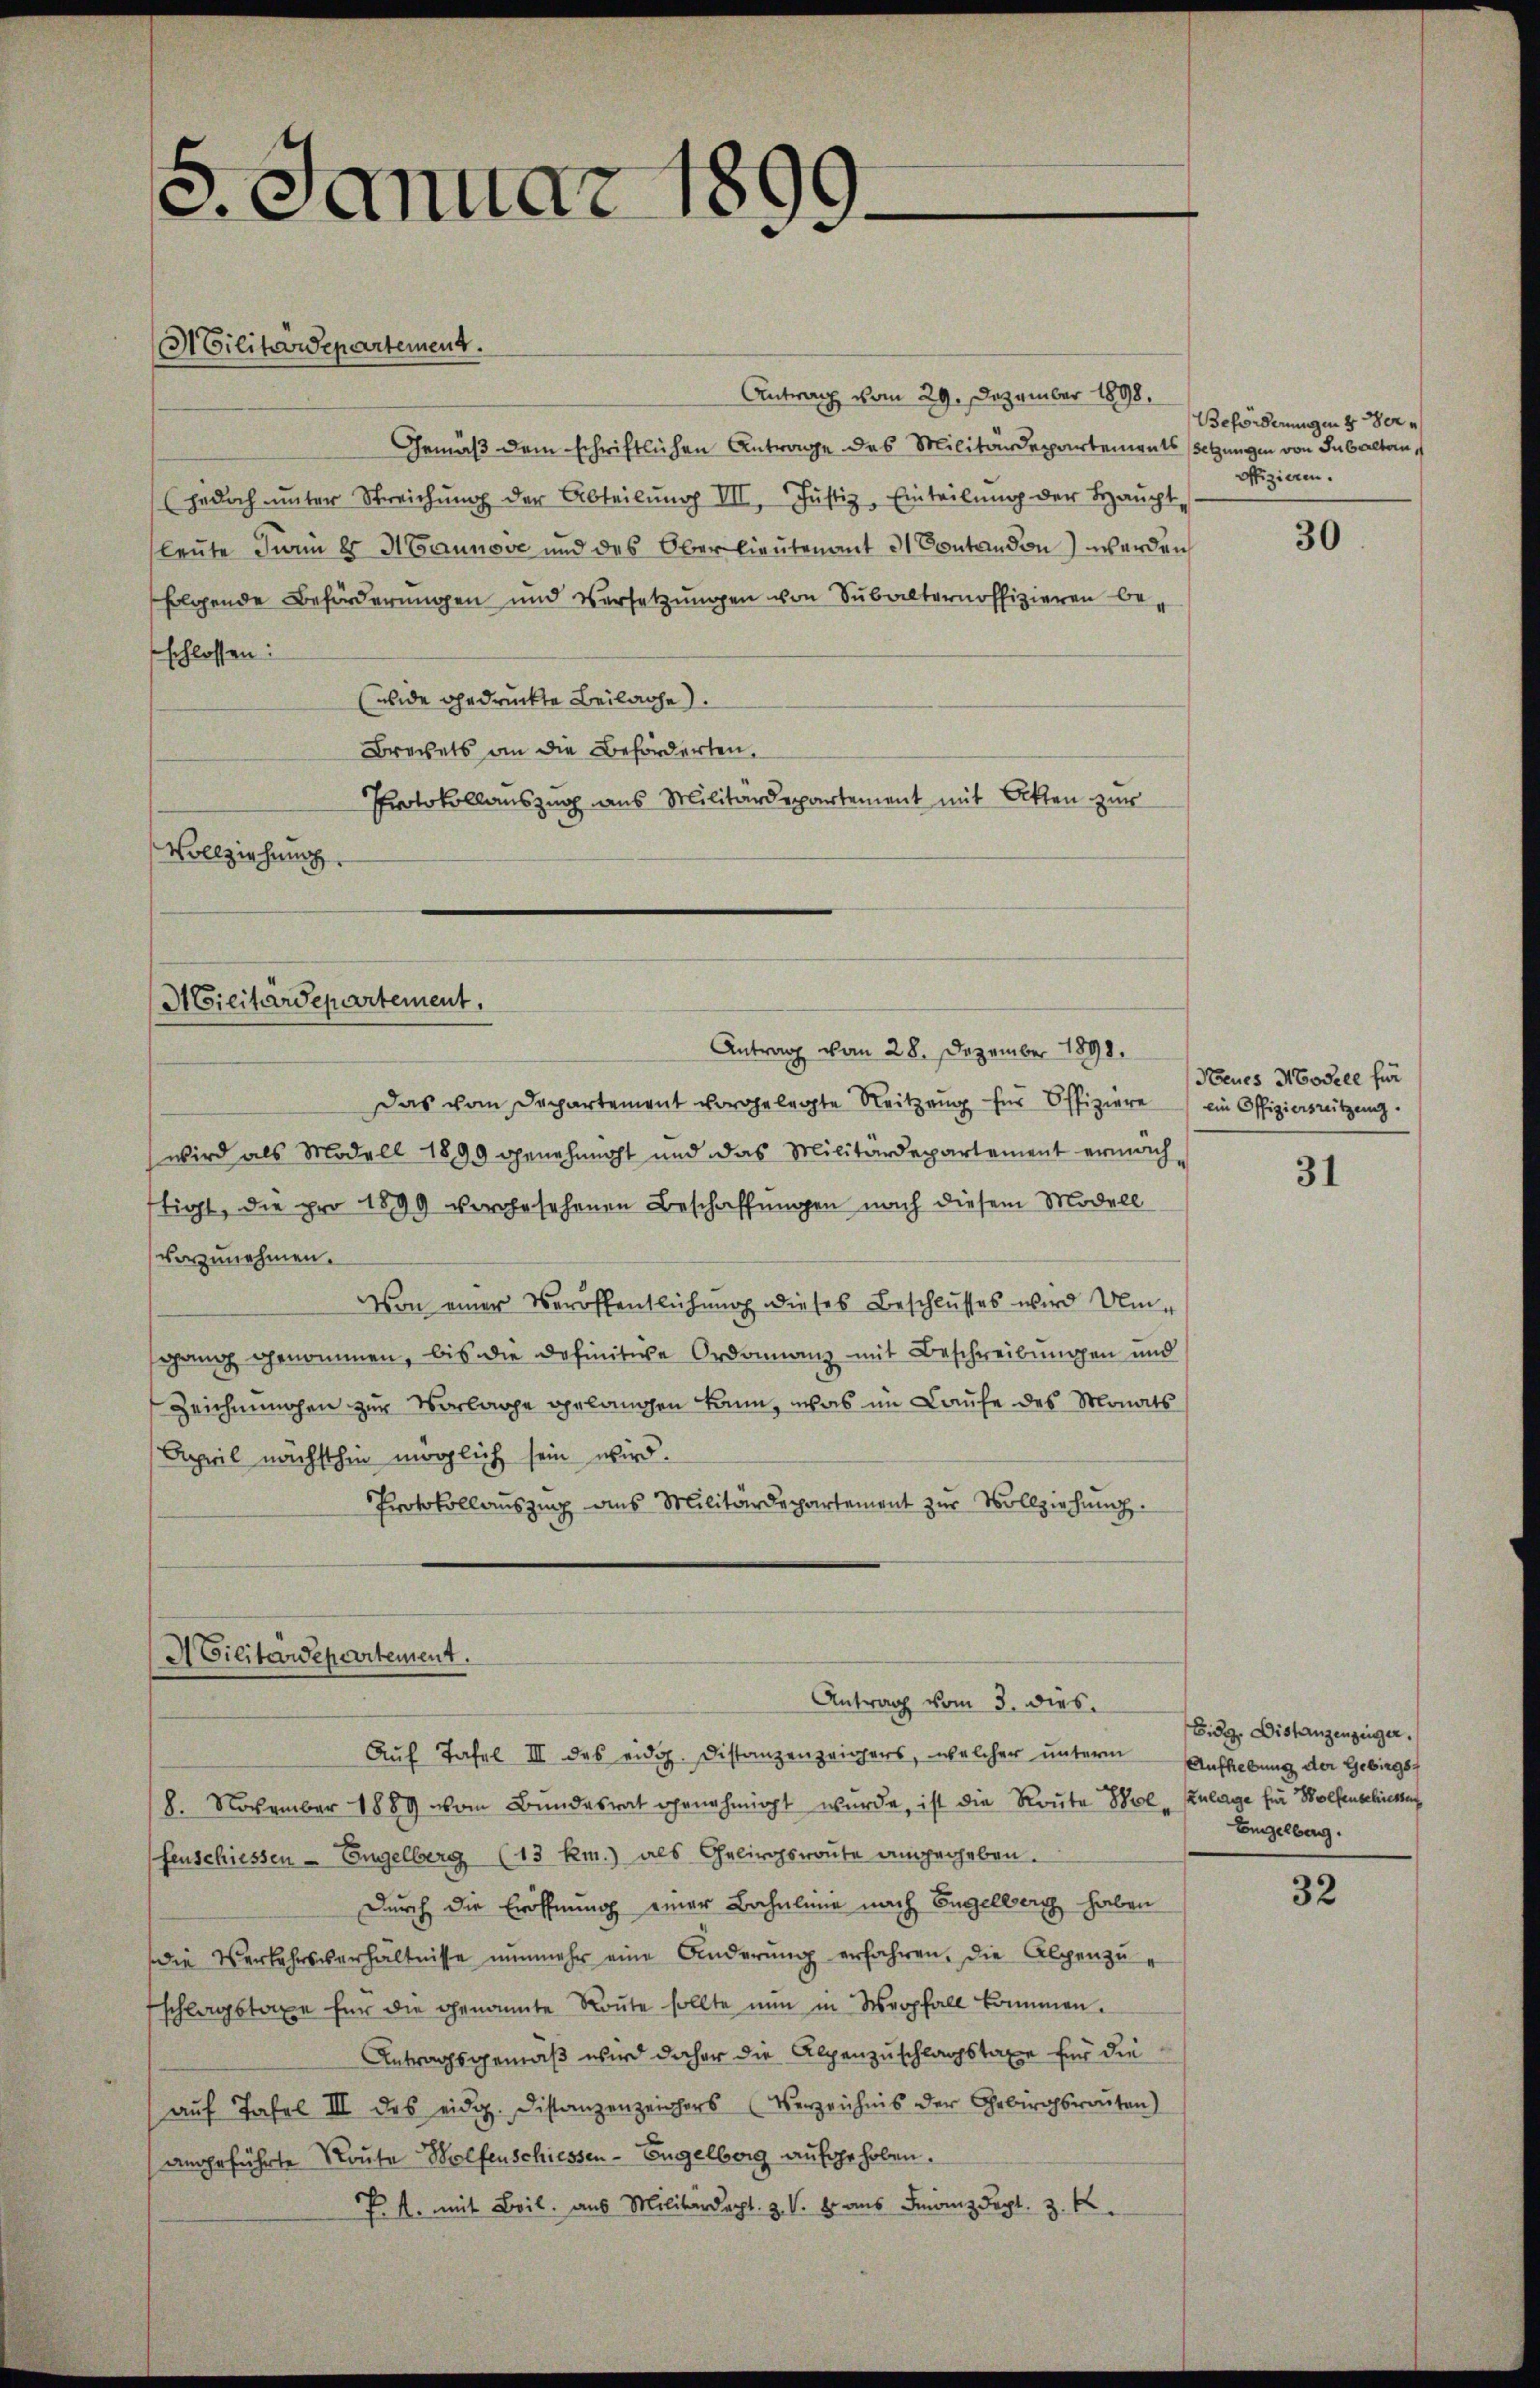
5. Januar 1899.

Militärdepartement.

Antrag vom 29. Dezember 1898.
Gemäß dem schriftlichen Antrage des Militärdepartements setzungen von Subalten,
(jedoch unter Streichŭng der Abteilŭng III, Justiz, Einteilŭng der Baŭcht-
leute Turin 8 Mannove und des Oberlieutenant 31 Contandon werden
folgende Beförderungen und Versetzungen von Subalternoffizieren beschlossen:
Eide gedruckte Beilage).
Brechets an die Beförderten.
Protokollauszug aus Militärdepartement mit Akten zur
Vollziehung.

ACicitärdepartement,

Antrag vom 28. Dezember 1890.
Das vom Departement vorgelegte Reitzung für Offiziere ein Offizierstützung.
wird als Modell 1899 genehmigt und das Militärdepartement ermächftigt, die pro 1899 vorgesehenen Beschaffungen nach diesem Modell
vorzunehmen.
Von einer Veröffentlichung dieses Beschlusses wird Umsgang genommen, bis die definitive Ordonnanz mit Beschreibungen und
Zeichnungen zur Vorlage gelangen kann, was im Laufe des Monats
April nächsthin möglich sein wird.
Protokollauszug aus Militärdepartement zur Vollziehung.

ACilitärdepartement.
Antrag vom 3. dies

Aŭf Tafel III des eidg. Distanzenzeigers, welcher unterm Aufhebung der Gebirgs-

8. November 1889 vom Bundesrat genehmigt wurde, ist die Route Wol- Zulage für Wolfenschiese
fenschiessen - Engelberg (13 km.) als Gebirgsroute angegeben.
Durch die Eröffnung einer Bahnlinie nach Engelberg haben
die Verkehrsverhältnisse nŭnmehr eine Änderŭng erfahren, die Alpen zŭ-
schlagstaxe für die genannte Route sollte nun in Werpfall kommen.
Antragsgemäß wird daher die Alpenzuschlagstaxe für die
aŭf Tafel III des eidg. Distanzenzeichers (Verzeichnis der Gebirgsrouten)
angeführte Route Wolfenschiessen-Engelberg aufgehoben.
P. M. mit Beil. aus Militärdept. Z. V. B. aus Franz Sept. z. B.

Beförderungen 8 der
offizieren.

30

Neues Modell für

31

Eidg. Distanzenzeiger.
Engelberg.

32